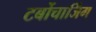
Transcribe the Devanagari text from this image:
टर्बोचार्जिंग